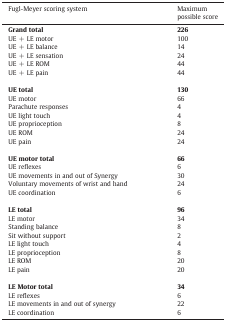
| Fugl-Meyer scoring system | Maximum possible score |
 | --- | --- |
 | Grand total | 226 |
 | UE + LE motor | 100 |
 | UE + LE balance | 14 |
 | UE + LE sensation | 24 |
 | UE + LE ROM | 44 |
 | UE + LE pain | 44 |
 | UE total | 130 |
 | UE motor | 66 |
 | Parachute responses | 4 |
 | UE light touch | 4 |
 | UE proprioception | 8 |
 | UE ROM | 24 |
 | UE pain | 24 |
 | UE motor total | 66 |
 | UE reflexes | 6 |
 | UE movements in and out of Synergy | 30 |
 | Voluntary movements of wrist and hand | 24 |
 | UE coordination | 6 |
 | LE total | 96 |
 | LE motor | 34 |
 | Standing balance | 8 |
 | Sit without support | 2 |
 | LE light touch | 4 |
 | LE proprioception | 8 |
 | LE ROM | 20 |
 | LE pain | 20 |
 | LE Motor total | 34 |
 | LE reflexes | 6 |
 | LE movements in and out of synergy | 22 |
 | LE coordination | 6 |